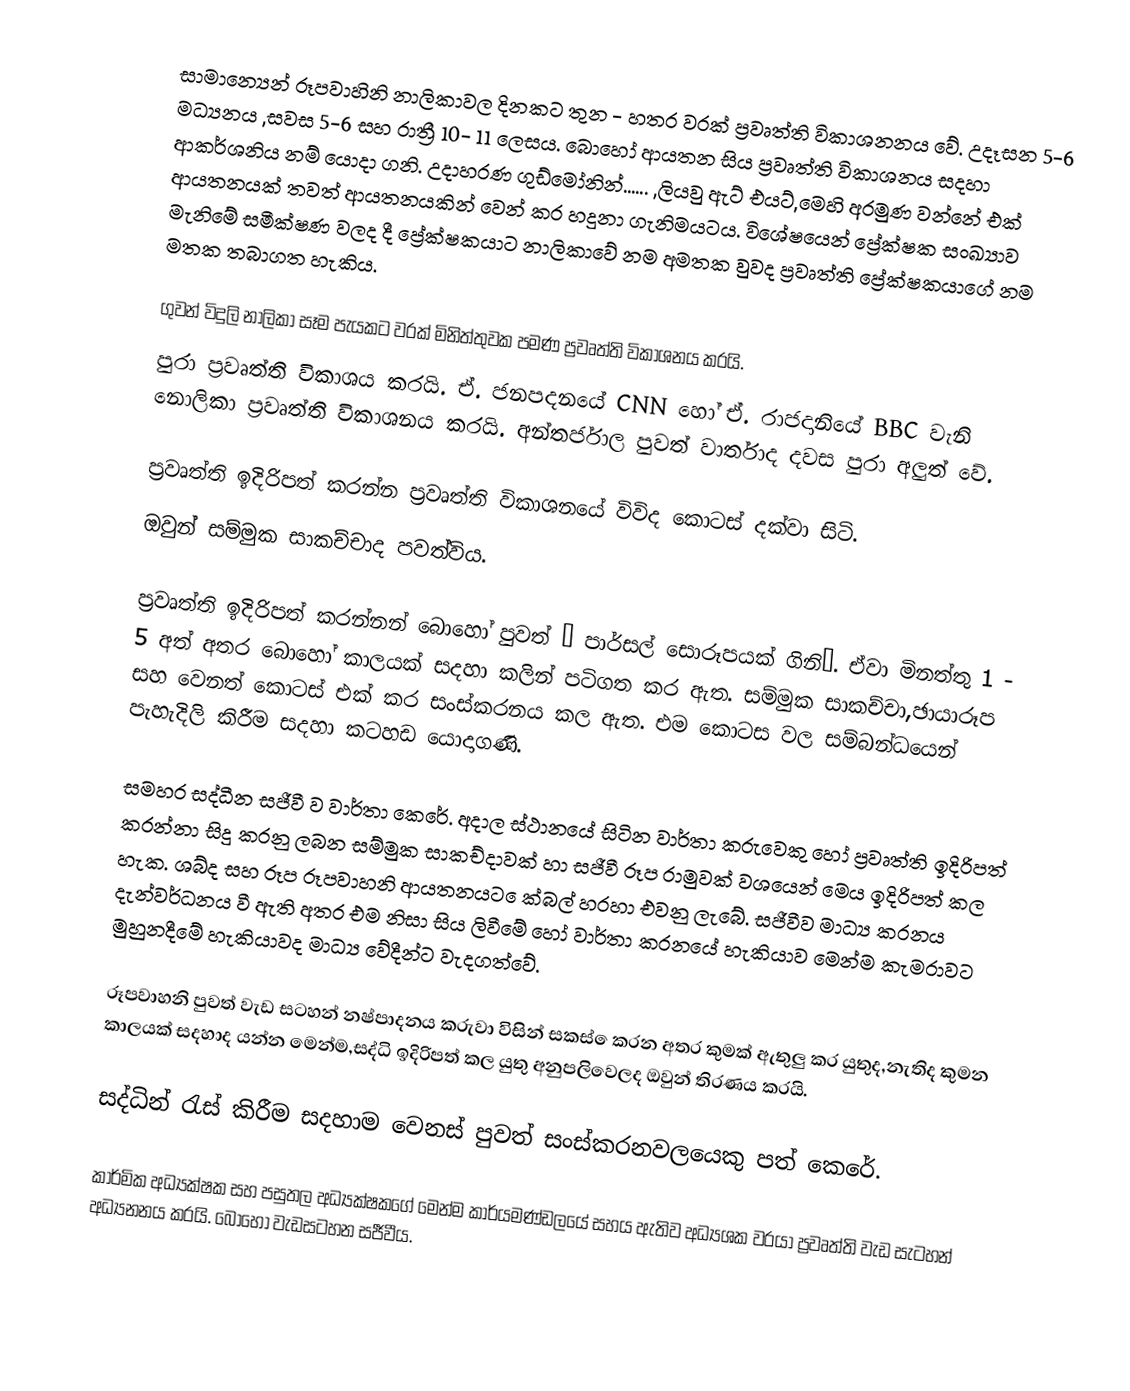
සාමාන්‍යෙන් රූපවාහිනි නාලිකාවල දිනකට තුන - හතර වරක් ප්‍රවෘත්ති විකාශනනය වේ. උදෑසන 5-6 මධ්‍යනය ,සවස 5-6 සහ රාත්‍රී 10- 11 ලෙසය. බොහෝ ආයතන සිය ප්‍රවෘත්ති විකාශනය සදහා ආකර්ශනිය නම් යොදා ගනි. උදාහරණ ගුඩ්මෝනින්......  ,ලියවු ඇට් එයට්,මෙහි අරමුණ වන්නේ එක් ආයතනයක් තවත් ආයතනයකින් වෙන් කර හදුනා ගැනිමයටය. විශේෂයෙන් ප්‍රේක්ෂක සංඛ්‍යාව මැනිමේ සමීක්ෂණ වලද දී ප්‍රේක්ෂකයාට නාලිකාවේ නම අමතක වුවද ප්‍රවෘත්ති ප්‍රේක්ෂකයාගේ නම මතක තබාගත හැකිය.

ගුවන් විදුලි  නාලිකා සෑම පැයකට වරක් මිනිත්තුවක පමණ ප්‍රවෘත්ති විකාශනය කරයි.
පුරා ප්‍රවෘත්ති විකාශය කරයි.  ඒ. ජනපදනයේ CNN හෝ ඒ. රාජදානියේ BBC වැනි  නොලිකා ප්‍රවෘත්ති විකාශනය කරයි. අන්තර්ජාල පුවත් වාර්තාද දවස පුරා අලුත් වේ.

ප්‍රවෘත්ති ඉදිරිපත් කරන්න ප්‍රවෘත්ති  විකාශනයේ විවිද කොටස් දක්වා සිටි.
ඔවුන් සම්මුක සාකච්චාද පවත්විය.

ප්‍රවෘත්ති ඉදිරිපත් කරන්නන් බොහෝ පුවත් “ පාර්සල් සොරූපයක් ගිනි’. ඒවා මිනත්තු 1 - 5 අත් අතර බොහෝ   කාලයක් සදහා කලින් පටිගත කර ඇත. සම්මුක සාකච්චා,ඡායාරූප සහ වෙනත් කොටස් එක් කර සංස්කරනය කල ඇත. එම කොටස වල සම්බන්ධයෙන් පැහැදිලි කිරීම සදහා කටහඩ යොදාගණි.

සමහර සද්ධීන සජීවී ව වාර්තා කෙරේ. අදාල ස්ථානයේ සිටින වාර්තා කරුවෙකු හෝ ප්‍රවෘත්ති ඉදිරිපත් කරන්නා සිදු කරනු ලබන සම්මුක සාකච්දාවක් හා සජීවී රූප රාමුවක් වශයෙන් මෙය ඉදිරිපත් කල හැක. ශබ්ද සහ රූප රූපවාහනි ආයතනයට ෙක්බල් හරහා එවනු ලැබේ. සජීවීව මාධ්‍ය කරනය දැන්වර්ධනය වී ඇති අතර එම නිසා සිය ලිවීමේ හෝ වාර්තා කරනයේ හැකියාව මෙන්ම කැමරාවට මුහුනදීමේ හැකියාවද මාධ්‍ය වේදීන්ට වැදගත්වේ.

රූපවාහනි පුවත් වැඩ සටහන් නෂ්පාදනය කරුවා විසින් සකස් ෙකරන අතර කුමක් ඇතුලු කර යුතුද,නැතිද කුමන කාලයක් සදහාද යන්න මෙන්ම,සද්ධි ඉදිරිපත් කල යුතු අනුපලිවෙලද ඔවුන් තිරණය කරයි.

සද්ධින් රැස් කිරීම සදහාම වෙනස් පුවත් සංස්කරනවලයෙකු පත් කෙරේ.

කාර්මික අධ්‍යක්ෂක සහ පසුතල අධ්‍යක්ෂකගේ මෙන්ම කාර්යමණ්ඩලයේ සහය ඇතිව අධ්‍යශක වරයා ප්‍රවෘත්ති වැඩ සැටහන් අධ්‍යනනය කරයි. බොහෝ වැඩසටහන සජීවීය.